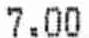
7.00